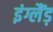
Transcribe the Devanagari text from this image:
इंग्लैंड़